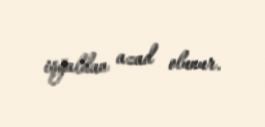
işğaldan azad olunur.